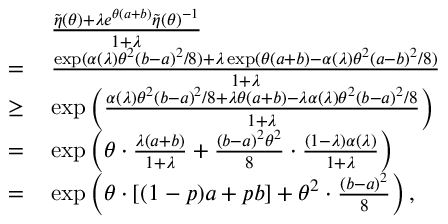
\begin{array} { r l } & { \frac { \tilde { \eta } ( \theta ) + \lambda e ^ { \theta ( a + b ) } \tilde { \eta } ( \theta ) ^ { - 1 } } { 1 + \lambda } } \\ { = \, } & { \frac { \exp ( \alpha ( \lambda ) \theta ^ { 2 } ( b - a ) ^ { 2 } / 8 ) + \lambda \exp ( \theta ( a + b ) - \alpha ( \lambda ) \theta ^ { 2 } ( a - b ) ^ { 2 } / 8 ) } { 1 + \lambda } } \\ { \geq \, } & { \exp \left( \frac { \alpha ( \lambda ) \theta ^ { 2 } ( b - a ) ^ { 2 } / 8 + \lambda \theta ( a + b ) - \lambda \alpha ( \lambda ) \theta ^ { 2 } ( b - a ) ^ { 2 } / 8 } { 1 + \lambda } \right) } \\ { = \, } & { \exp \left( \theta \cdot \frac { \lambda ( a + b ) } { 1 + \lambda } + \frac { ( b - a ) ^ { 2 } \theta ^ { 2 } } { 8 } \cdot \frac { ( 1 - \lambda ) \alpha ( \lambda ) } { 1 + \lambda } \right) } \\ { = \, } & { \exp \left( \theta \cdot [ ( 1 - p ) a + p b ] + \theta ^ { 2 } \cdot \frac { ( b - a ) ^ { 2 } } { 8 } \right) , } \end{array}